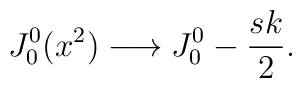
J_0^0(x^2)\longrightarrow J_0^0-{sk\over 2}.